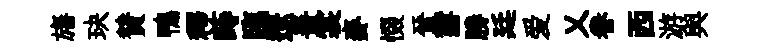
旛玦賛鴨釋蒔臨遼善裳麥惙晉欝勝廷爱乂眷西游與